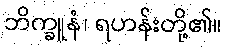
ဘိက္ခူနံ၊ ရဟန်းတို့၏။